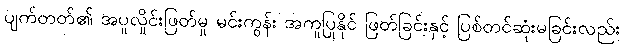
ပျက်တတ်၏ အပူလှိုင်းဖြတ်မှု မင်းကွန်း အကူပြုနိုင် ဖြတ်ခြင်းနှင့် ပြစ်တင်ဆုံးမခြင်းလည်း